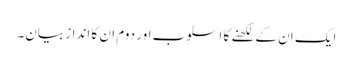
ایک ان کے لکھنے کا اسلوب اور دوم ان کا اندازِ بیان۔